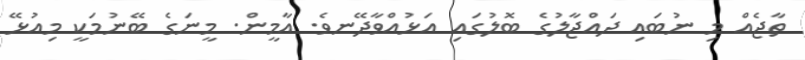
ތާޖެއް މި ނުބައި ދައްޖާލުގެ ބޮލުގައި އަޅުއްވާދޭނވެ. އާމީން. މީނަގެ ބޭނުމަކީ މިއުޅޭ